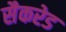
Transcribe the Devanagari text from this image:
सैकरेड